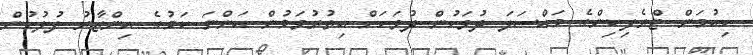
ހިއުމަން ޓްރެފިކިންގެ މައްސަލަ ދުވަހުން ދުވަހަށް އިތުރުވަމުން އަންނަ ކަމުގެ އިންޒާރު ފުލުހުން